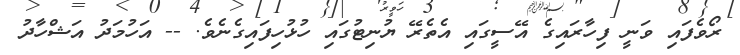
ރޯވެފައި ވަނީ ފިހާރައިގެ އޭސީގައި އެތެރޭ ޔުނިޓުގައި ހުޅުހިފައިގެނެވެ. -- އަހުމަދު އަޝްހާދު